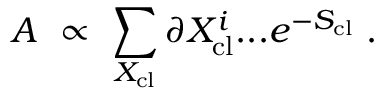
A ~ \propto ~ \sum _ { X _ { \mathrm { c l } } } \partial X _ { \mathrm { c l } } ^ { i } . . . e ^ { - S _ { \mathrm { c l } } } \; .